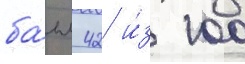
ба́лл 42 и́з 100